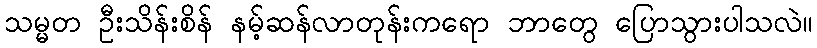
သမ္မတ ဦးသိန်းစိန် နမ့်ဆန်လာတုန်းကရော ဘာတွေ ပြောသွားပါသလဲ။